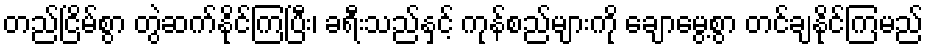
တည်ငြိမ်စွာ တွဲဆက်နိုင်ကြပြီး၊ ခရီးသည်နှင့် ကုန်စည်များကို ချောမွေ့စွာ တင်ချနိုင်ကြမည်